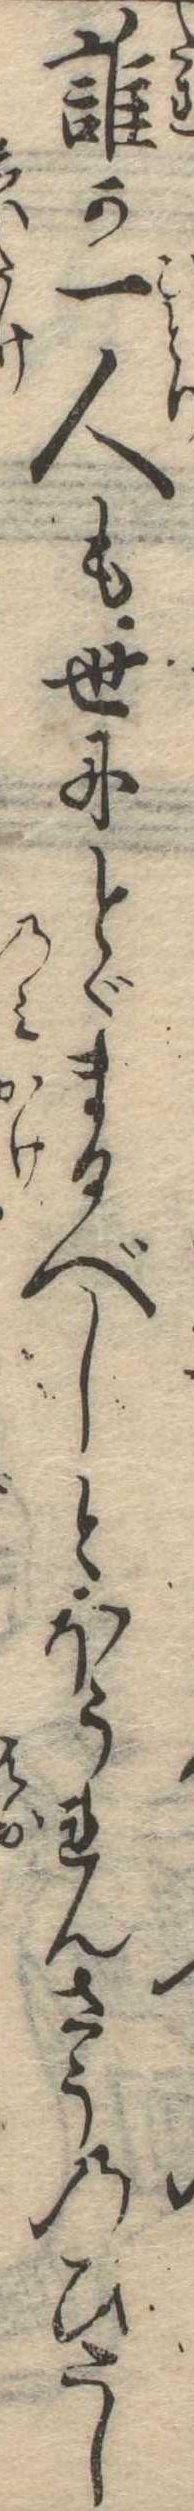
誰か一人も世にとゞまるべしとほうれんさうのひたし